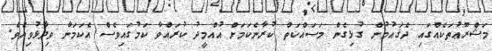
މަޝްރޫޢުތަކެއްގައި ދެޤައުމުން ގުޅިގެން މަސައްކަތް ކުރާނެކަމަށް އުއްމީދު ކުރައްވާ ކަމުގައިވެސް އެކަމަނާ ވިދާޅުވިއެވެ.